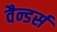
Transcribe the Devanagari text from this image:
वैन्डर्स